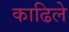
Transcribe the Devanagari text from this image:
काढिले